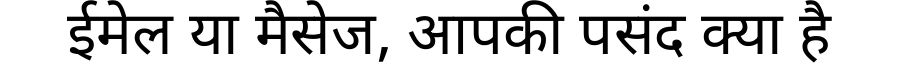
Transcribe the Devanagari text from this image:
ईमेल या मैसेज, आपकी पसंद क्या है